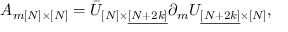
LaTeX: A _ { m [ N ] \times [ N ] } = \bar { U } _ { [ N ] \times \underline { { { [ N + 2 k ] } } } } \partial _ { m } U _ { \underline { { { [ N + 2 k ] } } } \times [ N ] } ,